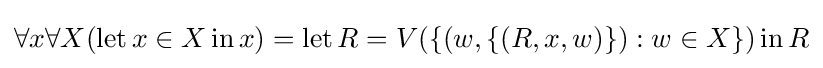
\forall x\forall X(\operatorname {let} x\in X\operatorname {in} x)=\operatorname {let} R=V(\{(w,\{(R,x,w)\}):w\in X\})\operatorname {in} R